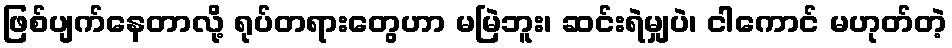
ဖြစ်ပျက်နေတာလို့ ရုပ်တရားတွေဟာ မမြဲဘူး၊ ဆင်းရဲမျှပဲ၊ ငါကောင် မဟုတ်တဲ့